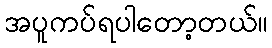
အပူကပ်ရပါတော့တယ်။